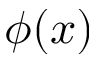
\phi ( x )